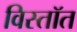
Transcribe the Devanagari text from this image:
विस्तॉत